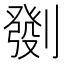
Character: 㔇